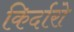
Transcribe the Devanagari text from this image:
किर्दारो